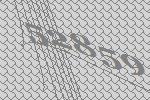
52859